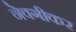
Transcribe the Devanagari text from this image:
नेवगीकर